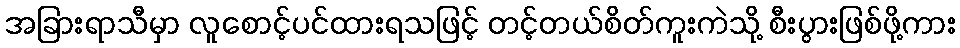
အခြားရာသီမှာ လူစောင့်ပင်ထားရသဖြင့် တင့်တယ်စိတ်ကူးကဲသို့ စီးပွားဖြစ်ဖို့ကား